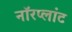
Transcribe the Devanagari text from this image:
नॉरप्लांट